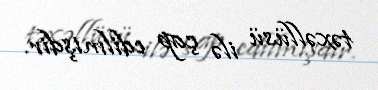
təxəllüsü ilə çap edilmişdir.